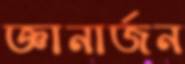
জ্ঞানার্জন